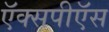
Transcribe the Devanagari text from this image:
ऍक्सपीऍस